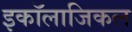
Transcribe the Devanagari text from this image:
इकॉलाजिकल